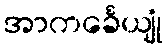
အာကင်္ခေယျုံ